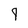
Character: 9